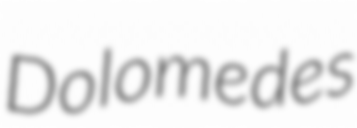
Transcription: Dolomedes